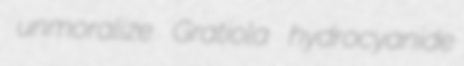
unmoralize Gratiola hydrocyanide